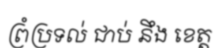
ព្រំប្រទល់ ជាប់ នឹង ខេត្ត